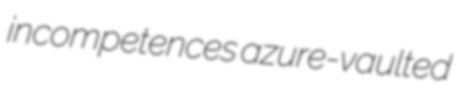
incompetences azure-vaulted